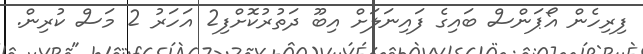
ފިރިހެން އޯޕަންސް ބައިގެ ފައިނަލަށް އިބޫ ދަތުރުކޮށްފި2 އަހަރު 2 މަސް ކުރިން.